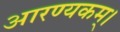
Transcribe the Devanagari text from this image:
आरण्यकम्।